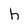
Character: h